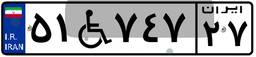
۵۱W۷۴۷۲۷